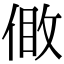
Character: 𠊹